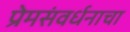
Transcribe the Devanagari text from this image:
प्रेमसंवर्धनाचा